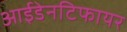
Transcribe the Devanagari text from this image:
आईडेनटिफायर